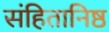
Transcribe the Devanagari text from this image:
संहितानिष्ठ